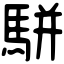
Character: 駢